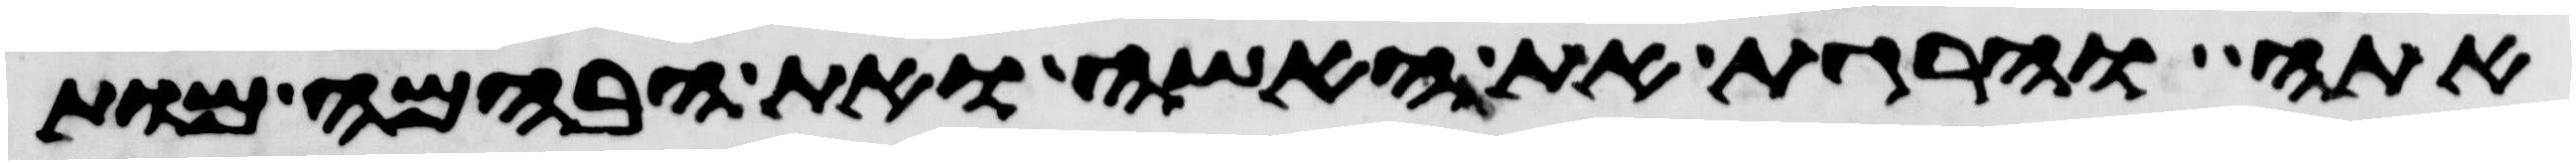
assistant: אתה והרגת את האשה ואת הבהמה מות